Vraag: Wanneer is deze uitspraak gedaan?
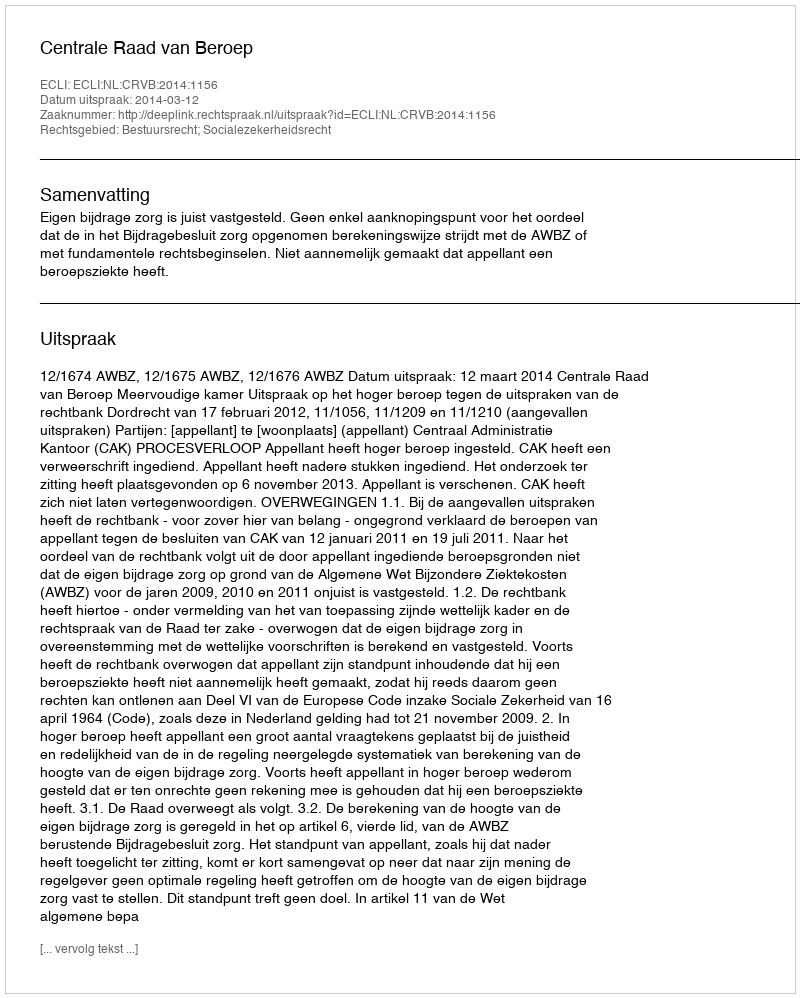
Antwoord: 2014-03-12